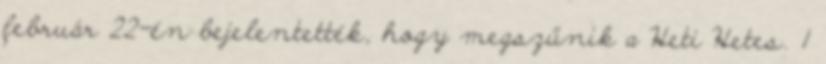
február 22-én bejelentették, hogy megszűnik a Heti Hetes. 1